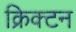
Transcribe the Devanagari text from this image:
क्रिक्टन